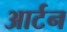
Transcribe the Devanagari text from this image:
आर्टन